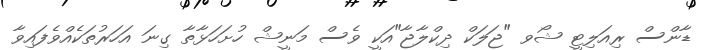
ޑާންސް ރިއަލިޓީ ޝޯވ "ޖަލަކް ދިކްލާޖާ"އަކީ ވެސް މަނީޝް ހުށަހަޅާތާ ގިނަ އަހަރުތަކެއްވެފައިވާ